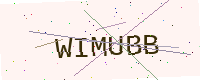
Text: WIMUBB